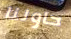
حاولنا